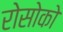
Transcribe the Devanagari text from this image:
रोसोको